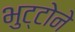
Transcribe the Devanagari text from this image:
भुट्टोने